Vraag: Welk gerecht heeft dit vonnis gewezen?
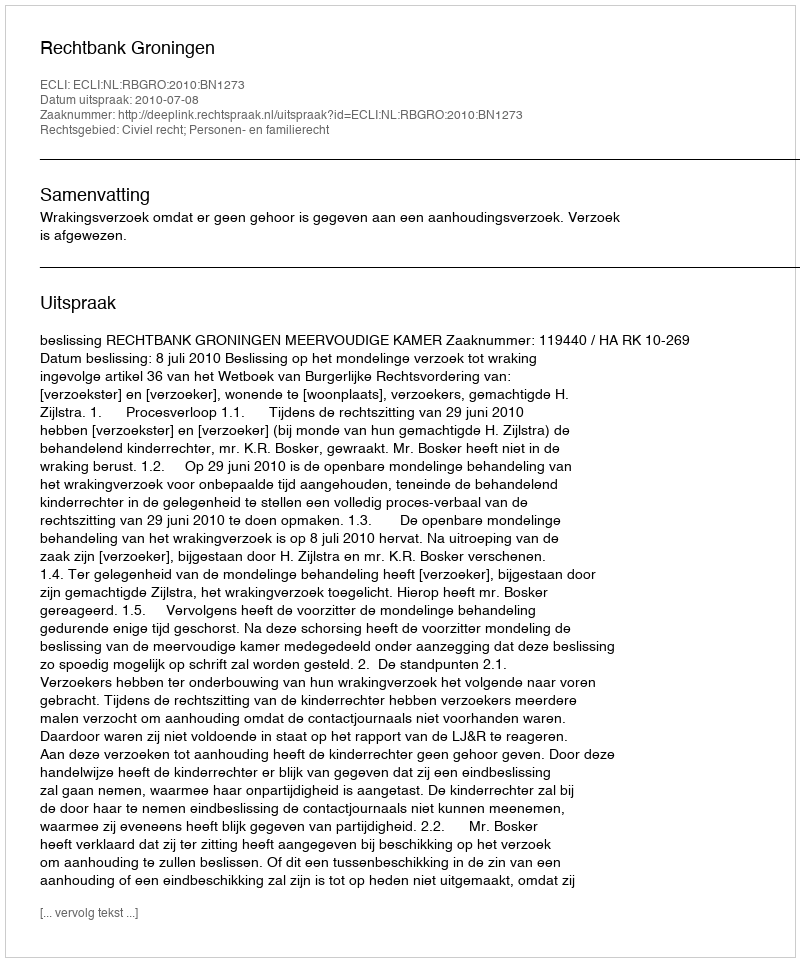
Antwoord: Rechtbank Groningen